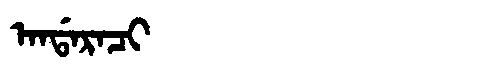
Manchu: ᠠᠨᡩᠠᡵᠠᠴᡳ
Romanization: ANDARACI